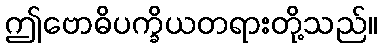
ဤဗောဓိပက္ခိယတရားတို့သည်။